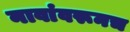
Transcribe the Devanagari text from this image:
नावांवरूनच